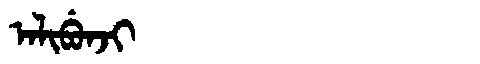
Manchu: ᠠᠯᡳᠪᡠᠨᠵᡳ
Romanization: ALIBUNJI